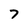
Character: 7